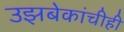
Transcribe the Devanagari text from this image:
उझबेकांचीही